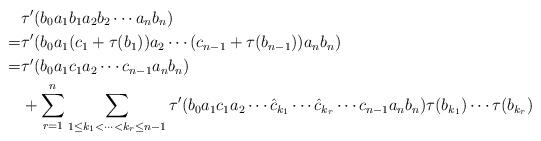
LaTeX: \begin{align*}&\tau'(b_0a_1b_1a_2b_2\cdots a_nb_n)\\=&\tau'(b_0a_1(c_1+\tau(b_1))a_2\cdots (c_{n-1}+\tau(b_{n-1}))a_nb_n)\\=&\tau'(b_0a_1c_1a_2\cdots c_{n-1}a_nb_n)\\&+\sum_{r=1}^n\sum_{1\leq k_1<\cdots<k_r\leq n-1}\tau'(b_0a_1c_1a_2\cdots \hat{c}_{k_1}\cdots \hat{c}_{k_r}\cdots c_{n-1}a_nb_n)\tau(b_{k_1})\cdots\tau(b_{k_r})\end{align*}